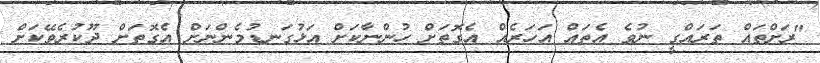
"ރަށްތައް ތަރައްގީ ނުވެ އެތައް އަހަރެއް އެގޮތަށް ހުންނާކަށް އަޅުގަނޑުމެންނަށް އެގޮތަށް ދޫކުރެވޭކަށް